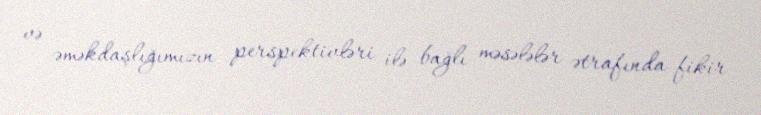
və əməkdaşlığımızın perspektivləri ilə bağlı məsələlər ətrafında fikir